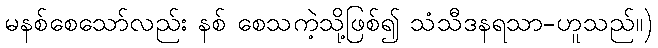
မနစ်စေသော်လည်း နစ် စေသကဲ့သို့ဖြစ်၍ သံသီဒနရသာ-ဟူသည်။)